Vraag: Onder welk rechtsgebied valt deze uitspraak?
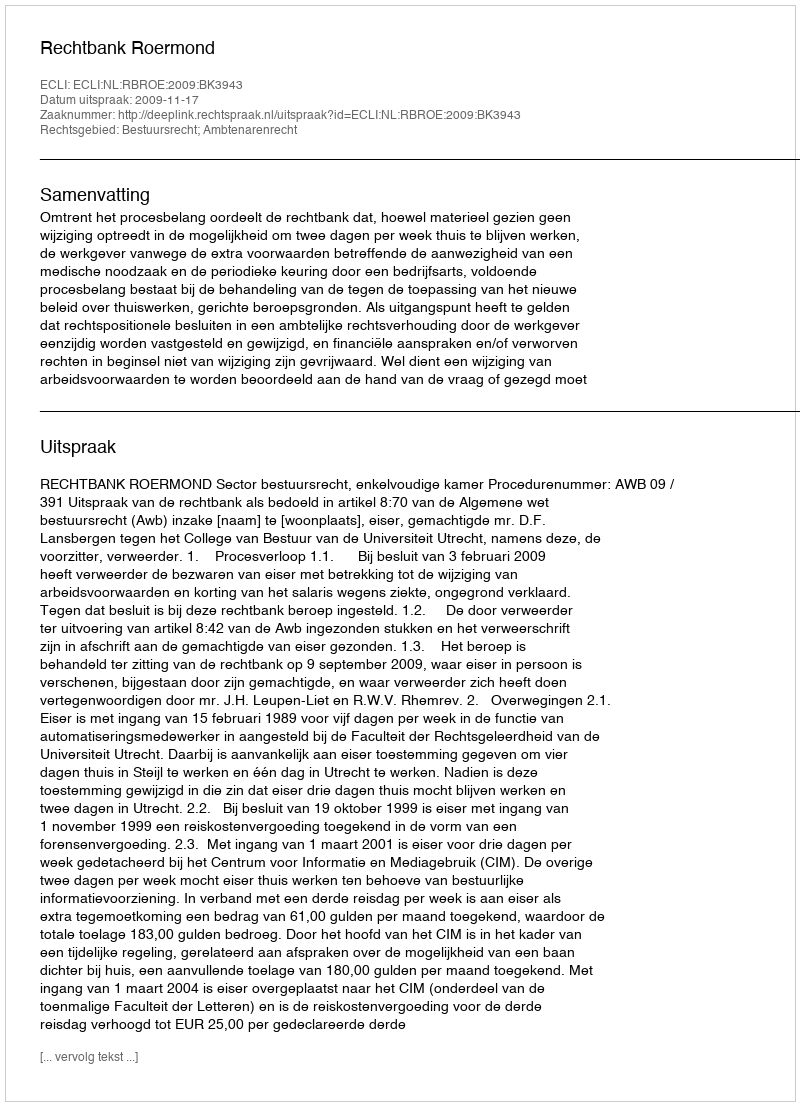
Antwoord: Bestuursrecht; Ambtenarenrecht